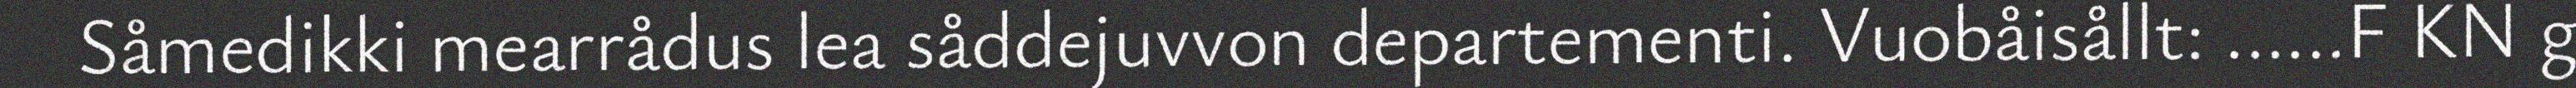
Såmedikki mearrådus lea såddejuvvon departementi. Vuobåisållt: ......F KN g